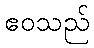
ဧဝသည်